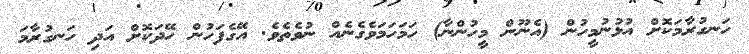
ހަނގުރާމަކޮށް އުޅުނުމީހުން (އެނޫން މީހުންނާ) ހަމަހަމަވެގެނެއް ނުވެތެވެ. އޭގެފަހުން ހޭދަކޮށް އަދި ހަނގުރާމަ